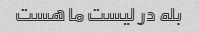
بله در لیست ما هست